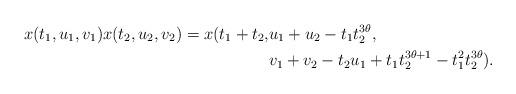
LaTeX: \begin{align*} x(t_{1},u_{1},v_{1})x(t_{2},u_{2},v_{2})=x(t_{1}+t_{2},&u_{1}+u_{2}-t_{1}t_{2}^{3\theta},\\ &v_{1}+v_{2}-t_{2}u_{1}+t_{1}t_{2}^{3\theta+1}-t_{1}^{2}t_{2}^{3\theta}).\end{align*}